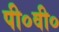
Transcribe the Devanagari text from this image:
पी०वी०